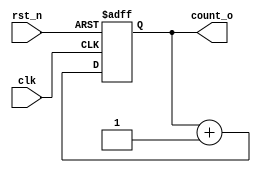
`timescale 1ns / 1ps
//////////////////////////////////////////////////////////////////////////////////
// Company: 
// Engineer: 
// 
// Design Name: 
// Module Name: counter_2bit
// Project Name: 
// Target Devices: 
// Tool Versions: 
// Description: 
// 
// Dependencies: 
// 
// Revision:
// Revision 0.01 - File Created
// Additional Comments:
// 
//////////////////////////////////////////////////////////////////////////////////


module counter_2bit
(
input clk,
input rst_n,
output [1:0] count_o
);

reg [1:0] count;

always @(posedge clk, negedge rst_n) begin
    if (rst_n == 1'b0) begin
        count <= 2'b00;
    end else begin
        count <= count + 1;
    end
end

assign count_o = count;

endmodule